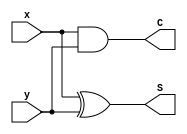
module half_adder (S, C, x, y);
  output 	S, C;
  input	x, y;

  xor (S, x, y);
  and (C, x, y);
endmodule

// Description of full adder
module full_adder (S, C, x, y, z);
  output 	S, C;
  input	x, y, z;
  wire	S1, C1, C2;

// Instantiate half adders
  half_adder HA1 (S1, C1, x, y);
  half_adder HA2 (S, C2, S1, z);
  or G1 (C, C2, C1);
endmodule